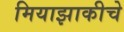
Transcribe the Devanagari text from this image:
मियाझाकीचे